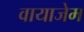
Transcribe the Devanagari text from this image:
वायाजेम